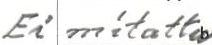
Ei mitattu